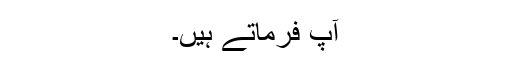
آپ فرماتے ہیں۔